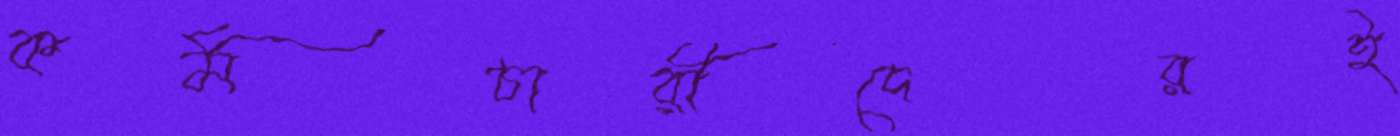
কর্মচারীদেরই